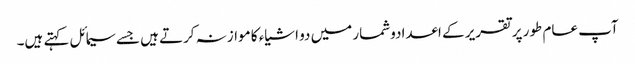
آپ عام طور پر تقریر کے اعدادوشمار میں دو اشیاء کا موازنہ کرتے ہیں جسے سیمائل کہتے ہیں۔